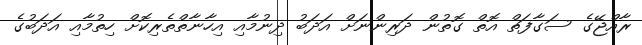
ރާއްޖޭގެ ސަގާފަތް އޮތް ގޮތުން ދަރިންނަށް އަދަބު ދިނުމާއި އިހާނާތްތެރިކޮށް ހިތުމާއި އަދަބުގެ